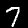
Label: 7